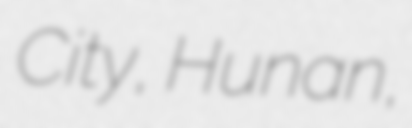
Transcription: City, Hunan,